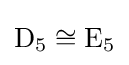
\mathrm {D} _{5}\cong \mathrm {E} _{5}